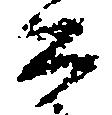
公